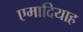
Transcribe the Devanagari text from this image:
एमादियाह